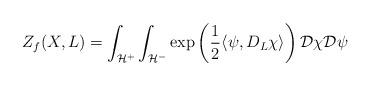
LaTeX: \begin{align*} Z_f(X,L) = \int_{\mathcal{H}^+} \int_{\mathcal{H}^-} \exp\left( \frac{1}{2} \langle \psi, D_L \chi \rangle \right) \mathcal{D} \chi \mathcal{D} \psi\end{align*}